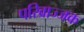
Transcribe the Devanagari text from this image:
परिव्राज्जक